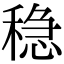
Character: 稳